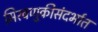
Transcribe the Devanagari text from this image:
मिरवणुकीसंदर्भात